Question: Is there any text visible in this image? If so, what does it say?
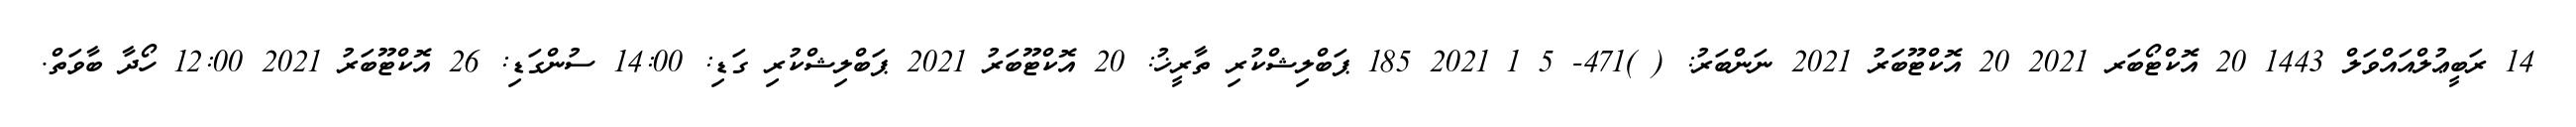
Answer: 14 ރަބީޢުލްއައްވަލް 1443 20 އޮކްޓޯބަރ 2021 20 އޮކްޓޫބަރު 2021 ނަންބަރު: ( )471- 5 1 2021 185 ޕަބްލިޝްކުރި ތާރީޚު: 20 އޮކްޓޫބަރު 2021 ޕަބްލިޝްކުރި ގަޑި: 14:00 ސުންގަޑި: 26 އޮކްޓޫބަރު 2021 12:00 ހޯދާ ބާވަތް.